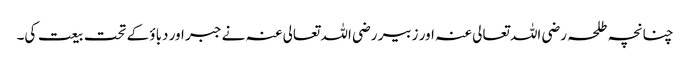
چنانچہ طلحہ رضی اللہ تعالی عنہ اور زبیر رضی اللہ تعالی عنہ نے جبر اور دباؤ کے تحت بیعت کی۔